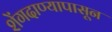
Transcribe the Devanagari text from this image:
शेंगदाण्यापासून